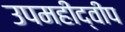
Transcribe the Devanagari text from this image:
उपमहीद्वीप